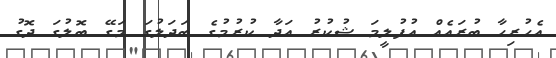
އެހުރިހާ ބުރައެއް އުފުލީމަ ޝުކުރު އަދާ ކުރުމުގެ ބަދަލުގަ މަގޭ ބޮލުގަ ދޮގު